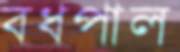
বধপাল